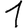
Digit: 1